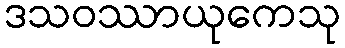
ဒသဝဿာယုကေသု